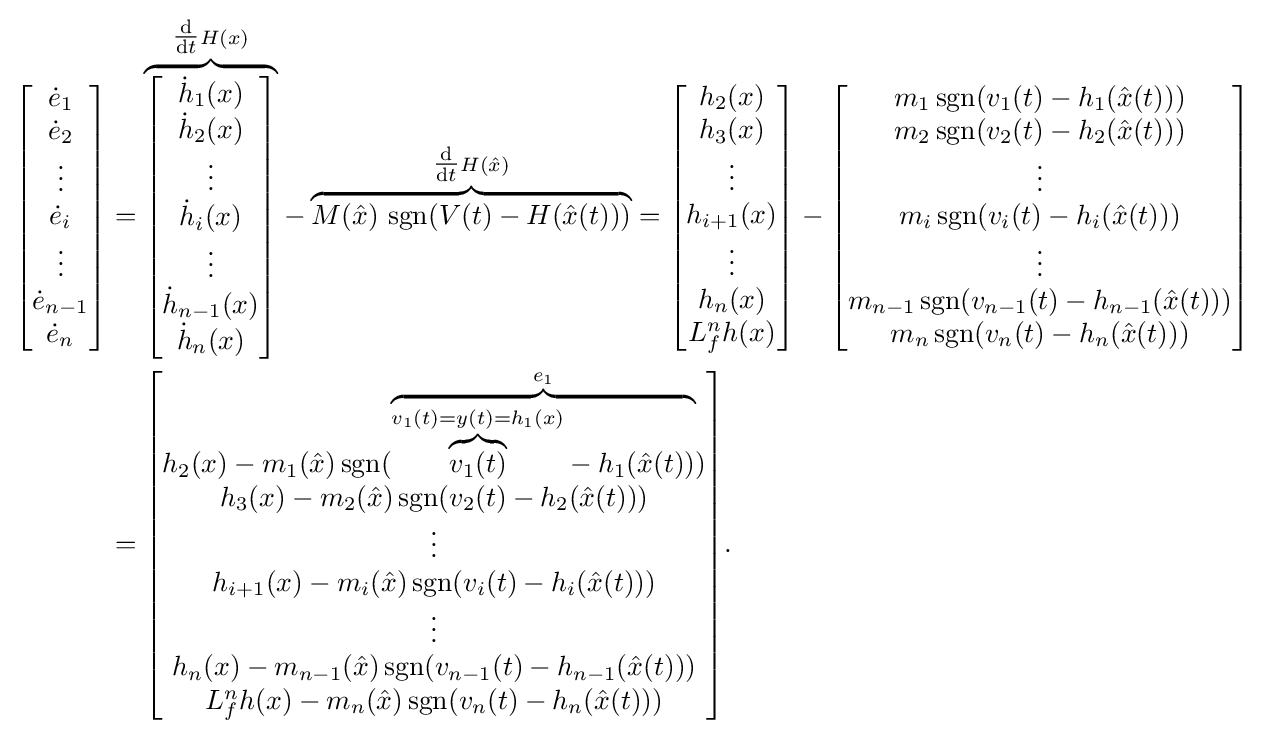
{\begin{aligned}{\begin{bmatrix}{\dot {e}}_{1}\\{\dot {e}}_{2}\\\vdots \\{\dot {e}}_{i}\\\vdots \\{\dot {e}}_{n-1}\\{\dot {e}}_{n}\end{bmatrix}}&={\mathord {\overbrace {\begin{bmatrix}{\dot {h}}_{1}(x)\\{\dot {h}}_{2}(x)\\\vdots \\{\dot {h}}_{i}(x)\\\vdots \\{\dot {h}}_{n-1}(x)\\{\dot {h}}_{n}(x)\end{bmatrix}} ^{{\tfrac {\mathrm {d} }{\mathrm {d} t}}H(x)}}}-{\mathord {\overbrace {M({\hat {x}})\,\operatorname {sgn}(V(t)-H({\hat {x}}(t)))} ^{{\tfrac {\mathrm {d} }{\mathrm {d} t}}H({\hat {x}})}}}={\begin{bmatrix}h_{2}(x)\\h_{3}(x)\\\vdots \\h_{i+1}(x)\\\vdots \\h_{n}(x)\\L_{f}^{n}h(x)\end{bmatrix}}-{\begin{bmatrix}m_{1}\operatorname {sgn}(v_{1}(t)-h_{1}({\hat {x}}(t)))\\m_{2}\operatorname {sgn}(v_{2}(t)-h_{2}({\hat {x}}(t)))\\\vdots \\m_{i}\operatorname {sgn}(v_{i}(t)-h_{i}({\hat {x}}(t)))\\\vdots \\m_{n-1}\operatorname {sgn}(v_{n-1}(t)-h_{n-1}({\hat {x}}(t)))\\m_{n}\operatorname {sgn}(v_{n}(t)-h_{n}({\hat {x}}(t)))\end{bmatrix}}\\&={\begin{bmatrix}h_{2}(x)-m_{1}({\hat {x}})\operatorname {sgn}({\mathord {\overbrace {{\mathord {\overbrace {v_{1}(t)} ^{v_{1}(t)=y(t)=h_{1}(x)}}}-h_{1}({\hat {x}}(t))} ^{e_{1}}}})\\h_{3}(x)-m_{2}({\hat {x}})\operatorname {sgn}(v_{2}(t)-h_{2}({\hat {x}}(t)))\\\vdots \\h_{i+1}(x)-m_{i}({\hat {x}})\operatorname {sgn}(v_{i}(t)-h_{i}({\hat {x}}(t)))\\\vdots \\h_{n}(x)-m_{n-1}({\hat {x}})\operatorname {sgn}(v_{n-1}(t)-h_{n-1}({\hat {x}}(t)))\\L_{f}^{n}h(x)-m_{n}({\hat {x}})\operatorname {sgn}(v_{n}(t)-h_{n}({\hat {x}}(t)))\end{bmatrix}}.\end{aligned}}